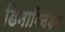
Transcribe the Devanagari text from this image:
डिनामिनेशन